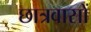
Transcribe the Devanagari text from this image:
छात्रवासों